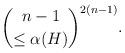
LaTeX: \begin{align*} \binom{n-1}{\leq \alpha(H)}^{2(n-1)}.\end{align*}